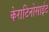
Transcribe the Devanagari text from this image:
केराटिनोसाईट